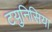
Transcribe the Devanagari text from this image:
टयुनिसिया